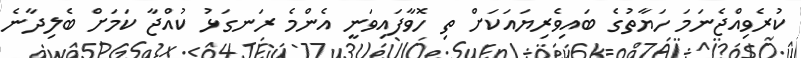
ކުރެވިއްޖެނަމަ ހަޔާތުގެ ބައިވެރިޔައަކަށް ތި ހޮވާފައިވަނީ އެންމެ ރަނގަޅު ކުއްޖާ ކަމަށް ބެލިދާނެ